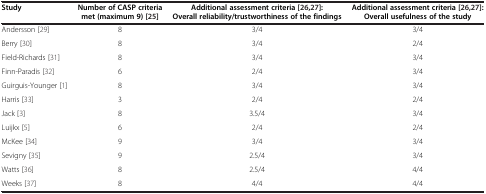
<table><thead><tr><td><b>Study</b></td><td><b>Number of CASP criteria met (maximum 9)[25]</b></td><td><b>Additional assessment criteria[26,27]: Overall reliability/trustworthiness of the findings</b></td><td><b>Additional assessment criteria[26,27]: Overall usefulness of the study</b></td></tr></thead><tbody><tr><td>Andersson[29]</td><td>8</td><td>3/4</td><td>3/4</td></tr><tr><td>Berry[30]</td><td>8</td><td>3/4</td><td>2/4</td></tr><tr><td>Field-Richards[31]</td><td>8</td><td>3/4</td><td>3/4</td></tr><tr><td>Finn-Paradis[32]</td><td>6</td><td>2/4</td><td>3/4</td></tr><tr><td>Guirguis-Younger[1]</td><td>8</td><td>3/4</td><td>3/4</td></tr><tr><td>Harris[33]</td><td>3</td><td>2/4</td><td>2/4</td></tr><tr><td>Jack[3]</td><td>8</td><td>3.5/4</td><td>3/4</td></tr><tr><td>Luijkx[5]</td><td>6</td><td>2/4</td><td>2/4</td></tr><tr><td>McKee[34]</td><td>9</td><td>3/4</td><td>3/4</td></tr><tr><td>Sevigny[35]</td><td>9</td><td>2.5/4</td><td>3/4</td></tr><tr><td>Watts[36]</td><td>8</td><td>2.5/4</td><td>4/4</td></tr><tr><td>Weeks[37]</td><td>8</td><td>4/4</td><td>4/4</td></tr></tbody></table>